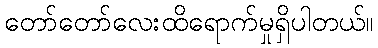
တော်တော်လေးထိရောက်မှုရှိပါတယ်။